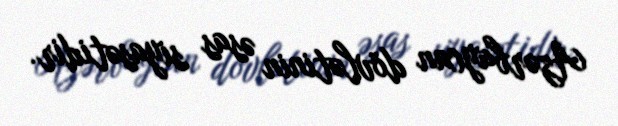
Azərbaycan dövlətinin əsas siyasətidir.